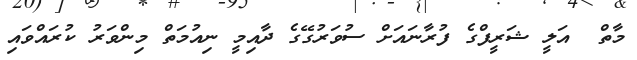
މާތް  އަލީ ޝަރީފްގެ ފުރާނައަށް ސުވަރުގޭގެ ދާއިމީ ނިއުމަތް މިންވަރު ކުރައްވައި